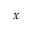
\bar { x }